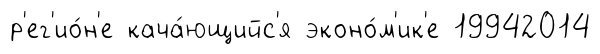
р'ег'ио́н'е кача́ющийс'я эконо́м'ик'е 19942014